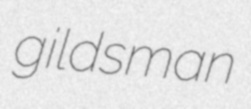
gildsman